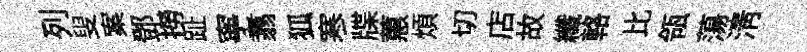
列叟案鄧撈趾寧翥狐寒牒蕙煩切店故纖輅比瓴蕩淸